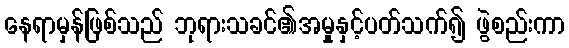
နေရာမှန်ဖြစ်သည် ဘုရားသခင်၏အမှုနှင့်ပတ်သက်၍ ဖွဲစည်းကာ